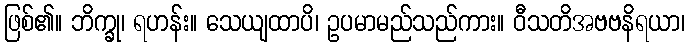
ဖြစ်၏။ ဘိက္ခု၊ ရဟန်း။ သေယျထာပိ၊ ဥပမာမည်သည်ကား။ ဝီသတိအဗဗနိရယာ၊